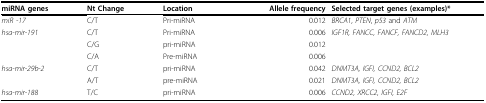
| miRNA genes | Nt Change | Location | Allele frequency | Selected target genes (examples)* |
 | --- | --- | --- | --- | --- |
 | miR -17 | C/T | Pri-miRNA | 0.012 | BRCA1, PTEN, p53 and ATM |
 | hsa-mir-191 | C/T | Pri-miRNA | 0.006 | IGF1R, FANCC, FANCF, FANCD2, MLH3 |
 |  | C/G | pri-miRNA | 0.012 |  |
 |  | C/A | Pre-miRNA | 0.006 |  |
 | hsa-mir-29b-2 | C/T | pri-miRNA | 0.042 | DNMT3A, IGFI, CCND2, BCL2 |
 |  | A/T | pre-miRNA | 0.021 | DNMT3A, IGFI, CCND2, BCL2 |
 | hsa-mir-188 | T/C | pri-miRNA | 0.006 | CCND2, XRCC2, IGFI, E2F |